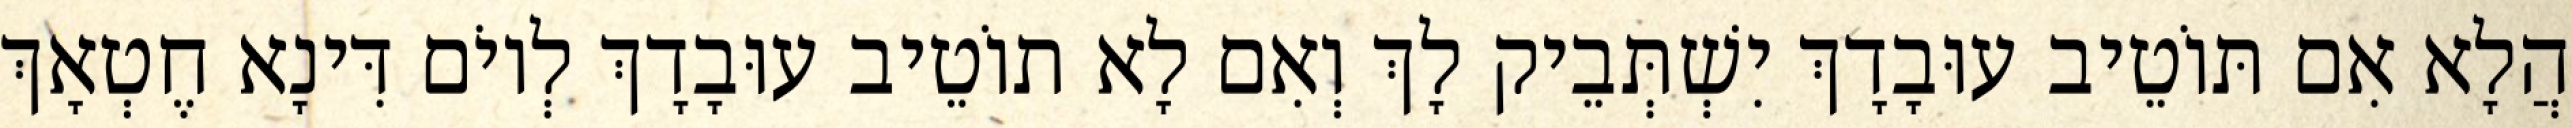
הֲלָא אִם תּוֹטֵיב עוּבָדָךְ יִשְׁתְּבֵיק לָךְ וְאִם לָא תוֹטֵיב עוּבָדָךְ לְיוֹם דִּינָא חֶטְאָךְ